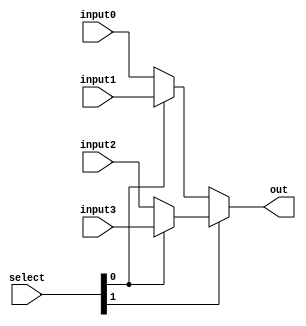
module MUX_4to1_5bit (input [4:0] input0,
                      input [4:0] input1, 
                      input [4:0] input2,
                      input [4:0] input3,
                      input [1:0] select, 
                      output [4:0] out);
    assign out = select[1]? (select[0]?input3:input2) : (select[0]?input1:input0);
endmodule //MUX_4to1_5bit